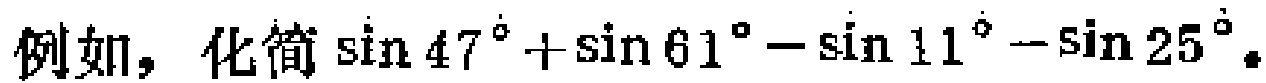
例如，化简\(\sin 47^{\circ}+\sin 61^{\circ}-\sin 11^{\circ}-\sin 25^{\circ}\)。